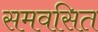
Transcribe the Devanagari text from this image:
समवसित